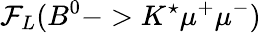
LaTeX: \mathcal{F}_{L}(B^{0}->K^{\star}\mu^{+}\mu^{-})